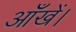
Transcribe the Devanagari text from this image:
आँखें।